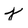
Character: j